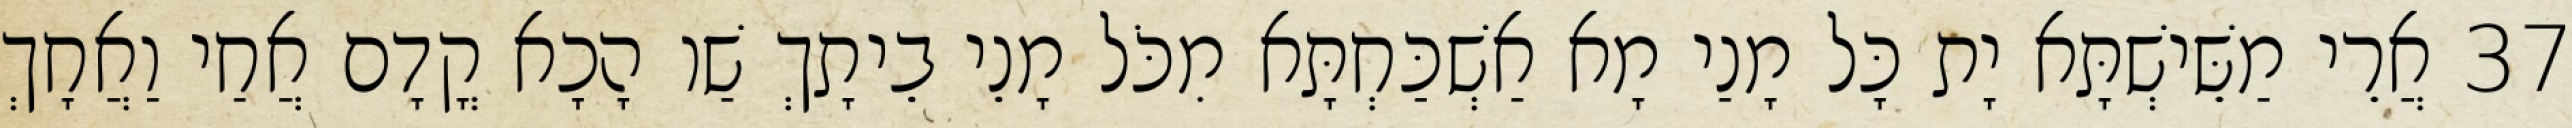
37 אֲרֵי מַשֵּׁישְׁתָּא יָת כָּל מָנַי מָא אַשְׁכַּחְתָּא מִכֹּל מָנֵי בֵיתָךְ שַׁו הָכָא קֳדָם אֲחַי וַאֲחָךְ